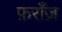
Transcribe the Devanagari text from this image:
फ़राँज़